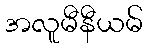
အလူမီနီယမ်